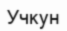
Учкун